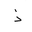
Letter: _thal